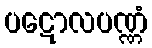
ပဋောလပဏ္ဏံ